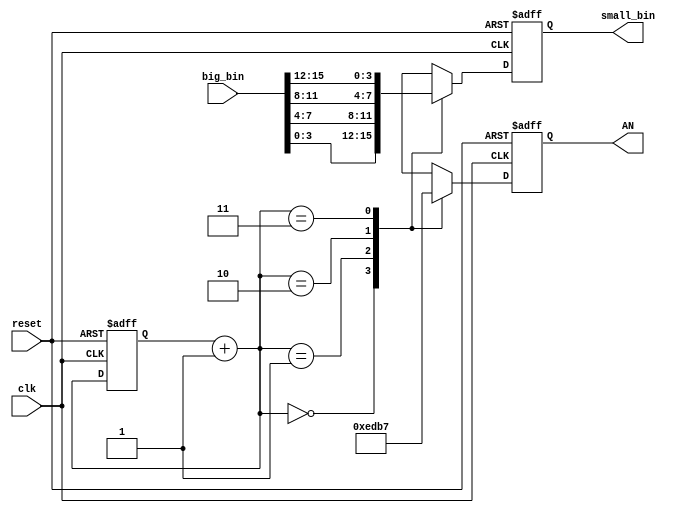
`timescale 1ns / 1ps
//////////////////////////////////////////////////////////////////////////////////
// Company: 
// Engineer: 
// 
// Design Name: 
// Module Name:    seven_alternate 
// Project Name: 
// Target Devices: 
// Tool versions: 
// Description: 
//
// Dependencies: 
//
// Revision: 
// Revision 0.01 - File Created
// Additional Comments: 
//
//////////////////////////////////////////////////////////////////////////////////
module seven_alternate(AN, clk, reset, big_bin, small_bin);
	input clk;
	input reset;
	input [15:0] big_bin;
	output reg [3:0] small_bin;
	output reg [3:0] AN;
	
	reg [1:0] count=0;
	
	always @(posedge clk or posedge reset)
	begin
		if(reset)
		begin
			AN = 0;
			small_bin = 0;
			count = 0;
		end
		else
		begin
			count = count + 1'b1;
			case (count)
				2'b00: begin
					AN = 4'b1110;
					small_bin = big_bin[3:0];
					end
				2'b01: begin
					AN = 4'b1101;
					small_bin = big_bin[7:4];
					end
				2'b10: begin
					AN = 4'b1011;
					small_bin = big_bin[11:8];
					end
				2'b11: begin
					AN = 4'b0111;
					small_bin = big_bin[15:12];
					end
			endcase
		end
	end
endmodule